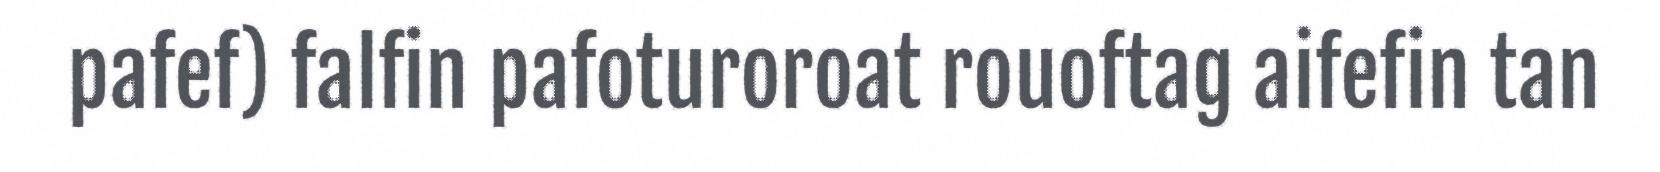
pafef) falfin pafoturoroat rouoftag aifefin tan